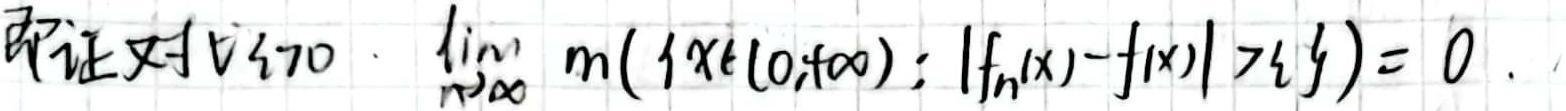
即证对于 $\forall \varepsilon > 0$, $\lim_{n\rightarrow\infty} m(\{x\in(0,+\infty): |f_n(x)-f(x)|>\varepsilon\}) = 0$.